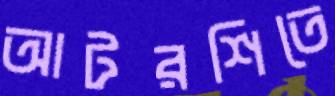
আটরশিতে